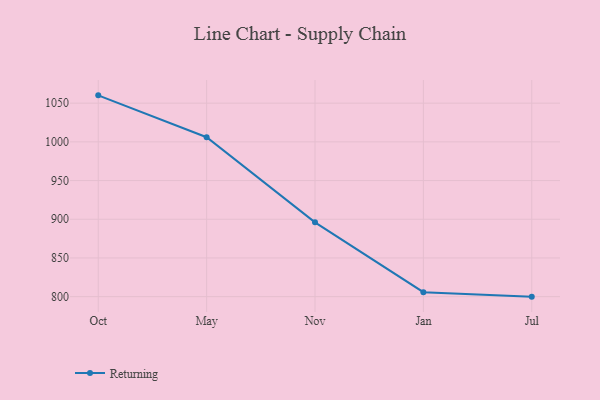
{"axis": {"x": "Month", "y": "Humidity (%)"}, "legend": ["Returning"], "data": [{"x": "Oct", "y": 1060.1, "type": "Returning"}, {"x": "May", "y": 1006.0, "type": "Returning"}, {"x": "Nov", "y": 896.0, "type": "Returning"}, {"x": "Jan", "y": 805.8, "type": "Returning"}, {"x": "Jul", "y": 800, "type": "Returning"}]}